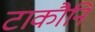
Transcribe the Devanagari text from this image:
टाकौनि